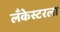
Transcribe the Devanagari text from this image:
लँकेस्टरला